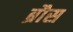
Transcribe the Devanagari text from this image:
ब्रौस